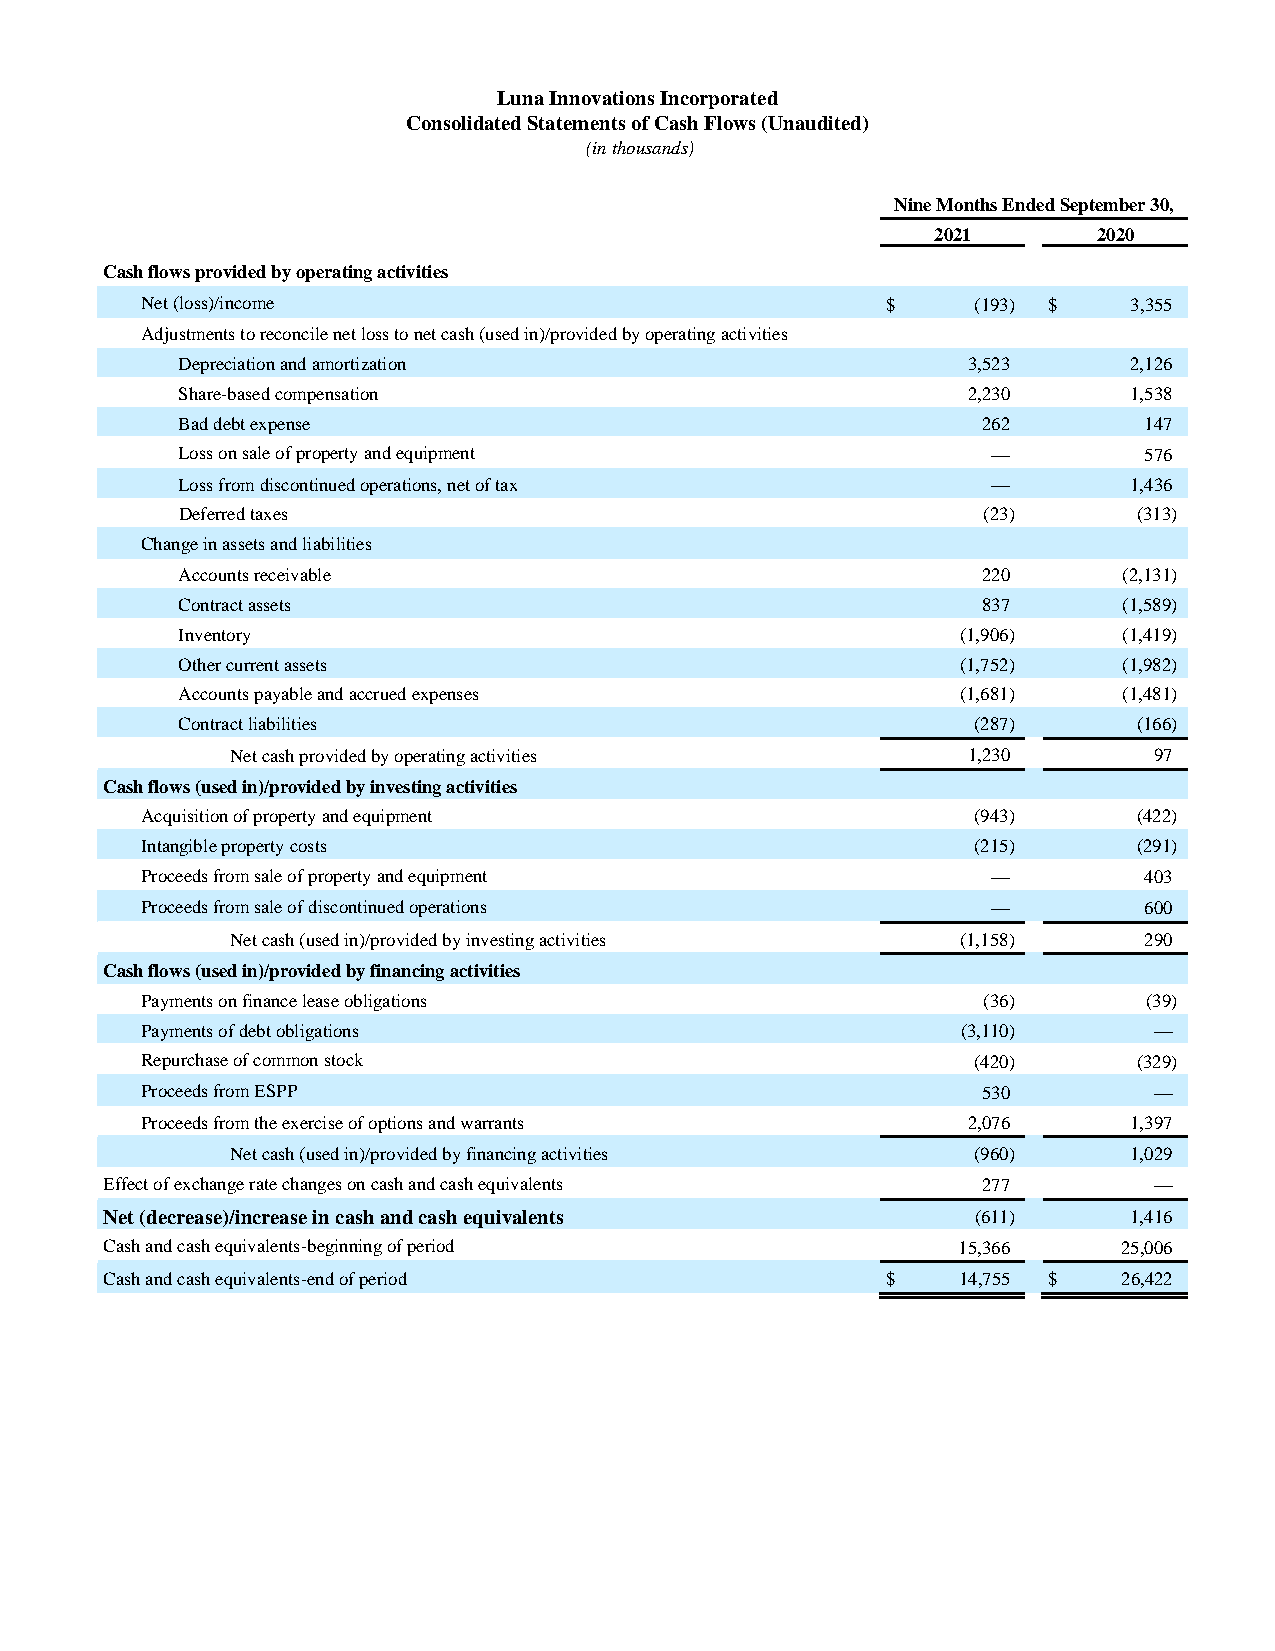
Luna Innovations Incorporated
 Consolidated Statements of Cash Flows (Unaudited)
 (in thousands)
 Nine Months Ended September 30,
 2021       2020
 Cash flows provided by operating activities
 Net (loss)/income                                 $     (193) $   3,355
 Adjustments to reconcile net loss to net cash (used in)/provided by operating activities
 Depreciation and amortization                       3,523      2,126
 Share-based compensation                            2,230      1,538
 Bad debt expense                                     262        147
 Loss on sale of property and equipment                —         576
 Loss from discontinued operations, net of tax         —        1,436
 Deferred taxes                                       (23)      (313)
 Change in assets and liabilities
 Accounts receivable                                  220      (2,131)
 Contract assets                                      837      (1,589)
 Inventory                                           (1,906)   (1,419)
 Other current assets                                (1,752)   (1,982)
 Accounts payable and accrued expenses               (1,681)   (1,481)
 Contract liabilities                                (287)      (166)
 Net cash provided by operating activities        1,230       97
 Cash flows (used in)/provided by investing activities
 Acquisition of property and equipment                  (943)      (422)
 Intangible property costs                              (215)      (291)
 Proceeds from sale of property and equipment             —         403
 Proceeds from sale of discontinued operations            —         600
 Net cash (used in)/provided by investing activities (1,158)  290
 Cash flows (used in)/provided by financing activities
 Payments on finance lease obligations                   (36)       (39)
 Payments of debt obligations                           (3,110)     —
 Repurchase of common stock                             (420)      (329)
 Proceeds from ESPP                                      530        —
 Proceeds from the exercise of options and warrants     2,076      1,397
 Net cash (used in)/provided by financing activities (960)   1,029
 Effect of exchange rate changes on cash and cash equivalents 277     —
 Net (decrease)/increase in cash and cash equivalents      (611)     1,416
 Cash and cash equivalents-beginning of period           15,366     25,006
 Cash and cash equivalents-end of period             $   14,755 $   26,422